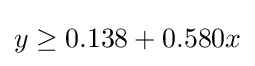
y\geq 0.138+0.580x